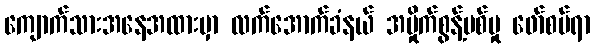
ကျောက်သားအနေအထားမှာ လက်အောက်ခံနယ် အမှိုက်စွန့်ပစ်မှု ဖော်စပ်ရာ